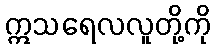
ဣသရေလလူတို့ကို